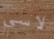
لاسي